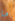
ما